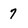
Character: 7